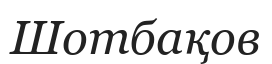
Шотбақов